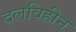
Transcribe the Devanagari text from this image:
दलविहीन